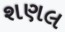
શણલ